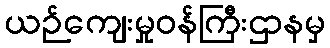
ယဉ်ကျေးမှုဝန်ကြီးဌာနမှ